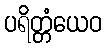
ပရိတ္တံယေဝ